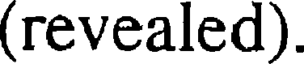
(revealed).